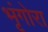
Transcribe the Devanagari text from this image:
भृंगोरा